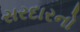
સરદારનો